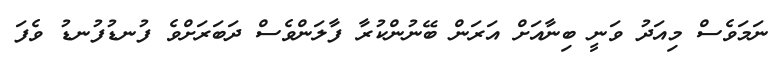
ނަމަވެސް މިއަދު ވަނީ ބިނާއަށް އަރަން ބޭނުންކުރާ ފާލަންވެސް ދަބަރަށްވެ ފުނޑުފުނޑު ވެފަ